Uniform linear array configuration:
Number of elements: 32
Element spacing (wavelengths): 1
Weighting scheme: binomial
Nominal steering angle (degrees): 45
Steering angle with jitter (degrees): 44.157
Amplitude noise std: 0.05
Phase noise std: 0.05

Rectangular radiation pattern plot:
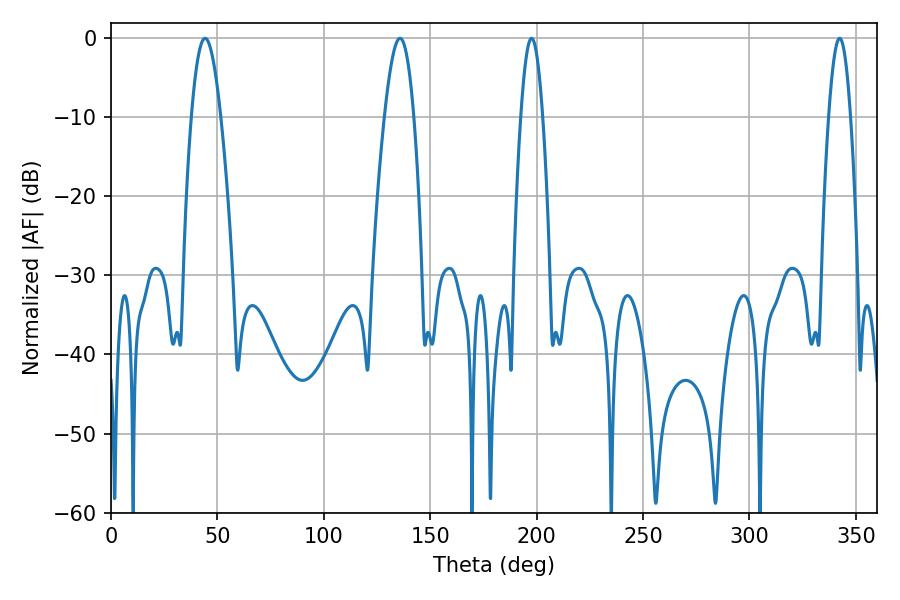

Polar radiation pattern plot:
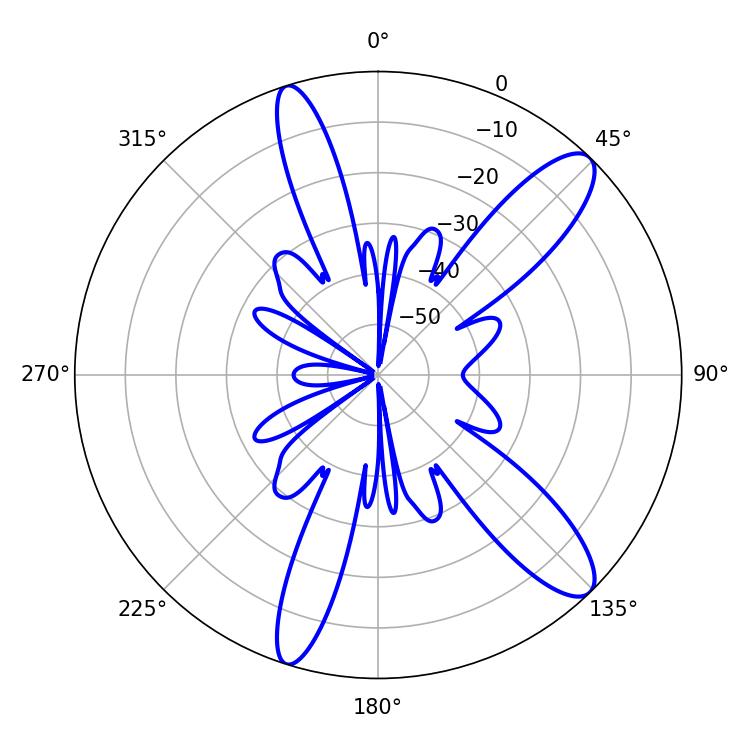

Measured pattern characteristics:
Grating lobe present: TRUE
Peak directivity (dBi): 11.744
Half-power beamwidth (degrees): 5.4
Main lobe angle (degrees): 342.36